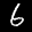
Label: 6